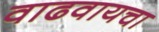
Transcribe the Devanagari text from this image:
वाढवायचा